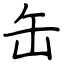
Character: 缶